Indian journal of veterinary science and animal husbandry - Volumes 18-21, 1948-1951
Year: 1948
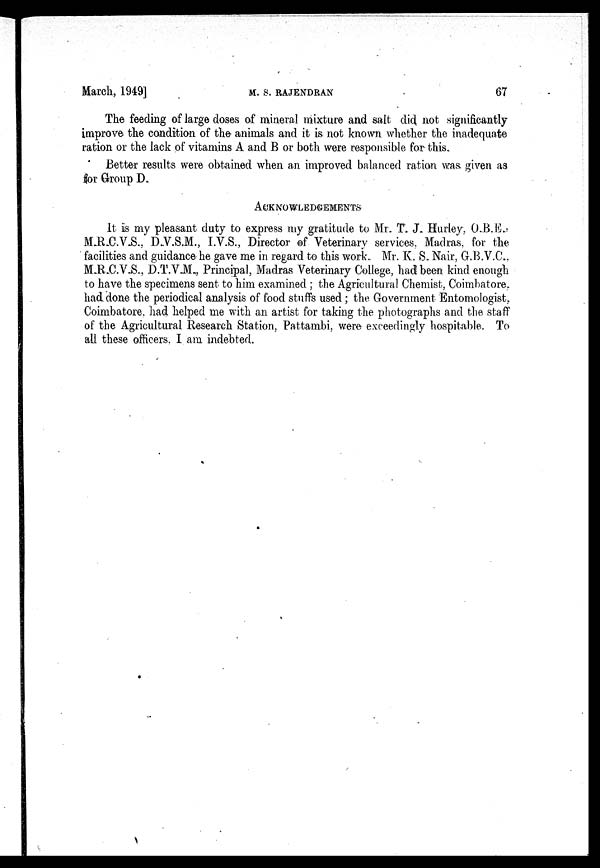
March, 1949]
M.
B.
RAJENDRAN
67
The feeding of large doses of mineral mixture and salt did not significantly
improve the condition of the animals and it is not known whether the inadequate
ration or the lack of vitamins A and B or both were responsible for this.
Better results were obtained when an improved balanced ration was given as
for Group D.
ACKNOWLEDGEMENTS
It is my pleasant duty to express my gratitude to Mr. T. J. Hurley. O.B.E.,
M.R.C.V.S., D.V.S.M., I.V.S., Director of Veterinary services, Madras, for the
facilities and guidance he gave me in regard to this work. Mr. K. S. Nair, G.B.V.C.,
M.R.C.V.S., D.T.V.M., Principal, Madras Veterinary College, had been kind enough
to have the specimens sent to him examined; the Agricultural Chemist, Coimbatore,
had done the periodical analysis of food stuffs used; the Government Entomologist,
Coimbatore, had helped me with an artist for taking the photographs and the staff
of the Agricultural Research Station, Pattambi, were exceedingly hospitable. To
all these officers, I am indebted.